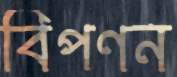
বিপণন